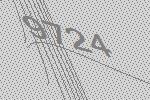
9724